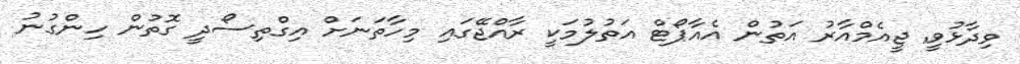
ވިދާޅުވީ